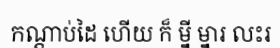
កណ្តាប់ដៃ ហើយ ក៏ ម្នី ម្នារ លះរ